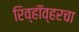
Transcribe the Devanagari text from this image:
रिव्हॉव्हरचा